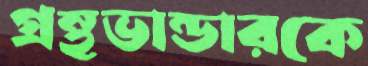
গ্রন্থভান্ডারকে